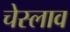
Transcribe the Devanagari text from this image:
चेस्लाव